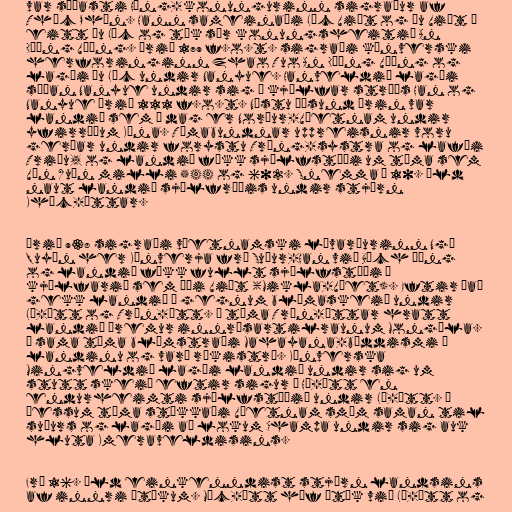
var síðasti Hùng-konungurinn sigraður af
Thục Phán. Hann sameinaði Lạc Việt og Âu Việt í
eitt Âu Lạc og tók sér konungsheitið An
Dương Vương. Árið 179 f.o.t. sigraði kínverski
herforinginn Zhao Tuo An Dương Vương og
lagði Âu Lạc undir Nanyue. Hanveldið lagði
síðan Nanyue undir sig í kjölfar stríðs Han og
Nanyue árið 111 f.o.t. Næstu þúsund árin var
landið sem í dag er Norður-Víetnam undir
yfirráðum Kína. Tímabundnar uppreisnir voru
gerðar undir forystu Trưng-systra og lafði
Triệu, og landið fékk sjálfstæði um tíma sem
Vạn Xuân milli 544 og 602. Snemma á 10. öld
naut landið sjálfræðis undir stjórn
Khúc-ættar.

Árið 938 sigraði víetnamski lávarðurinn Ngô
Quyền her Kínverja frá Suður-Han við Bạch Đằng
og landið fékk fullt sjálfstæði í
kjölfarið sem Đại Việt (Mikla-Víet). Eftir það
gekk landið í gegnum blómaskeið undir
Lý-ætt og Trần-ætt. Á tíma Trần-ættar hratt
landið þremur innrásartilraunum Mongóla.
Á sama tíma blómstraði Mahayana-búddismi í
landinu og varð ríkistrú. Kínverska
Mingveldið lagði landið undir sig um
stutt skeið eftir sigur á Hồ-ætt en
endurheimti sjálfstæðið undir Lê-ætt. Á
þessum tíma stækkaði Víetnam smám saman til
suðurs og lagði að lokum Champa undir sig auk
hluta Kmeraveldisins.

Frá 16. öld einkenndist stjórn landsins
af innri átökum. Mạc-ætt hóf átök við Lê-ætt og